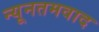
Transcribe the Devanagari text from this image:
न्यूनतमवाद